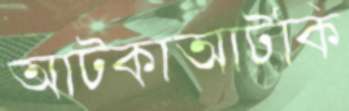
আটকাআটকি